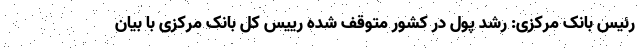
رئیس بانک مرکزی: رشد پول در کشور متوقف شده رییس کل بانک مرکزی با بیان